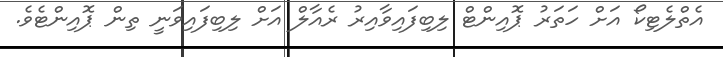
އެތްލެޓިކޯ އަށް ހަތަރު ޕޮއިންޓް ލިބިފައިވާއިރު ރެއާލް އަށް ލިބިފައިވަނީ ތިން ޕޮއިންޓެވެ.